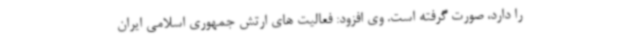
را دارد، صورت گرفته است. وی افزود: فعالیت های ارتش جمهوری اسلامی ایران